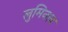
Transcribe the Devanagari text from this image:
लुमिनल